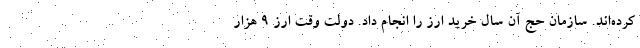
کرده‌اند. سازمان حج آن سال خرید ارز را انجام داد. دولت وقت ارز ۹ هزار